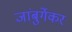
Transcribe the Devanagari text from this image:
जांबुर्गेकर